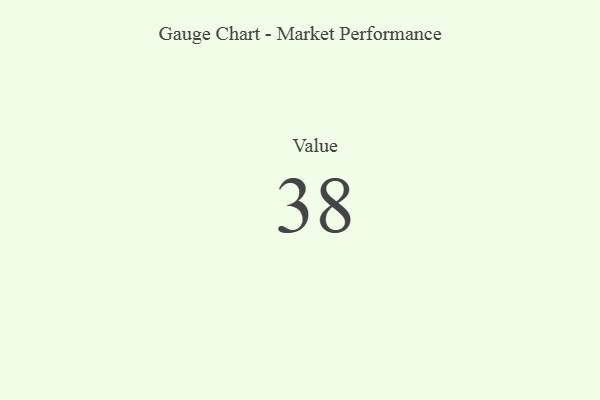
{"axis": {"x": "Metric", "y": "Value"}, "legend": [""], "data": [{"x": "Value", "y": 38, "type": ""}]}